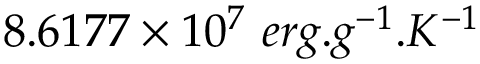
8 . 6 1 7 7 \times 1 0 ^ { 7 } \ e r g . g ^ { - 1 } . K ^ { - 1 }